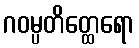
ဂဝမ္ပတိတ္ထေရော